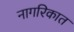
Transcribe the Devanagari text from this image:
नागरिकात